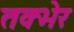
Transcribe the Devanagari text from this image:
तक्भेर